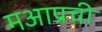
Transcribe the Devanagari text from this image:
मआप्रची